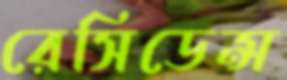
রেসিডেন্স